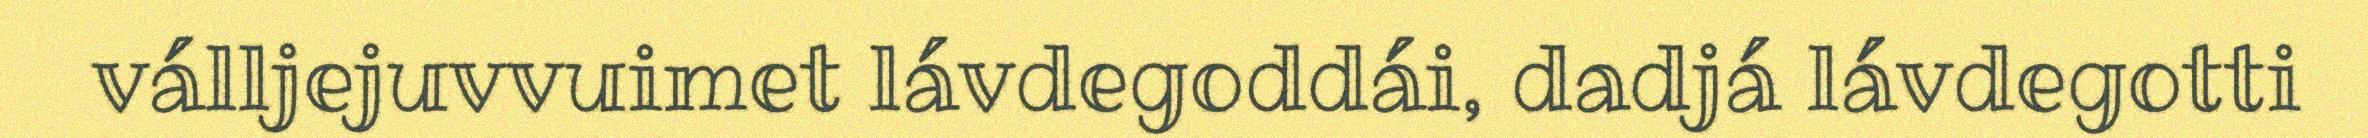
válljejuvvuimet lávdegoddái, dadjá lávdegotti